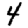
Digit: 4